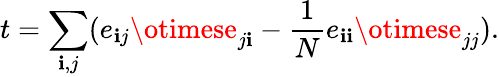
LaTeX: t=\sum_{\mathbf{i},j}(e_{\mathbf{i}j}\otimese_{j\mathbf{i}}-\frac{1}{N}e_{\mathbf{i}\mathbf{i}}\otimese_{jj}).